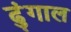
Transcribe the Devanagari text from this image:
ढुंगाल